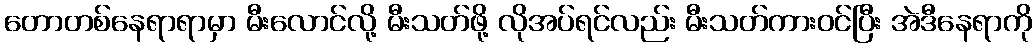
တောတစ်နေရာရာမှာ မီးလောင်လို့ မီးသတ်ဖို့ လိုအပ်ရင်လည်း မီးသတ်ကားဝင်ပြီး အဲဒီနေရာကို